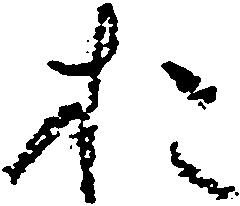
お